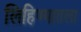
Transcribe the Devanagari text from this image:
लिहिण्यातला